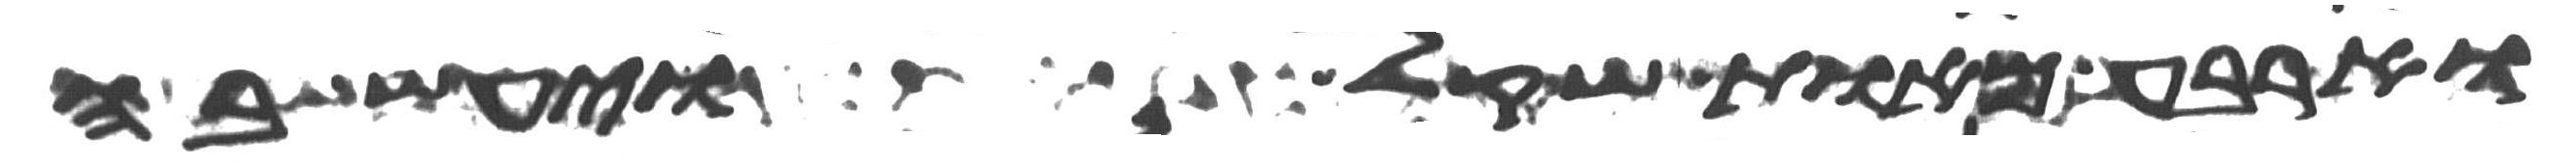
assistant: וארבע מאות שקל ויעש בה